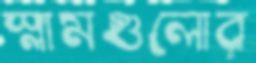
স্লামগুলোর